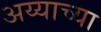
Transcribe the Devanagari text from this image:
अय्याच्या